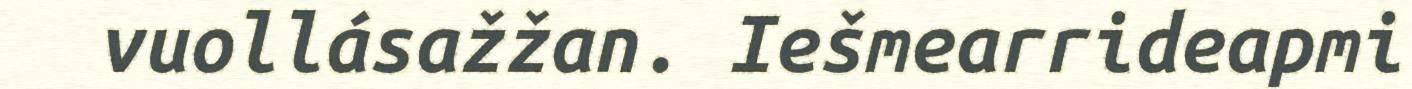
vuollásažžan. Iešmearrideapmi